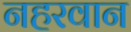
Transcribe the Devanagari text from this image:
नहरवान